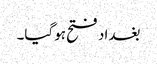
بغداد فتح ہوگیا۔